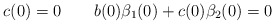
\begin{align*}c(0)=0\qquad b(0)\beta _{1}(0)+c(0)\beta _{2}(0)=0\end{align*}